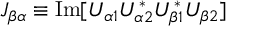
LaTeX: J _ { \beta \alpha } \equiv \mathrm { I m } [ U _ { \alpha 1 } U _ { \alpha 2 } ^ { * } U _ { \beta 1 } ^ { * } U _ { \beta 2 } ]